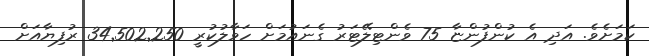
ކަމަށެވެ. އަދި އެ ކުންފުންޏާ 75 ވެންޓިލޭޓަރު ގެނައުމަށް ހަވާލުކުރީ 34